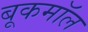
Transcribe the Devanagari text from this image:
बूकमॉल